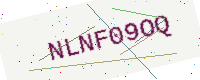
Text: NLNF09OQ